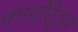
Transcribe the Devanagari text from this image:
कार्पोरेट्स